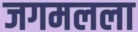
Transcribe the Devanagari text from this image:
जगमलला